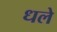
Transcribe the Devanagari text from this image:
धले